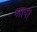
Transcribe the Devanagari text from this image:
श्रापा